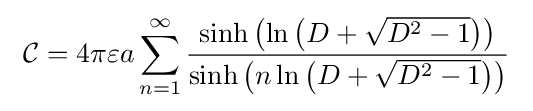
\ {\mathcal {C}}=4\pi \varepsilon a\sum _{n=1}^{\infty }{\frac {\sinh \left(\ln \left(D+{\sqrt {D^{2}-1}}\right)\right)}{\sinh \left(n\ln \left(D+{\sqrt {D^{2}-1}}\right)\right)}}\